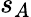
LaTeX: s_{A}